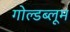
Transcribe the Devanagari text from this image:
गोल्डब्लूम